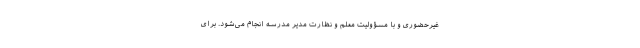
غیرحضوری و با مسؤولیت معلم و نظارت مدیر مدرسه انجام می‌شود. برای